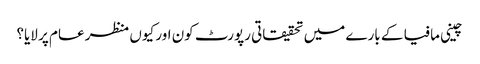
چینی مافیا کے بارے میں تحقیقاتی رپورٹ کون اور کیوں منظر عام پر لایا؟